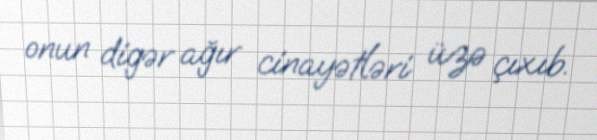
onun digər ağır cinayətləri üzə çıxıb.